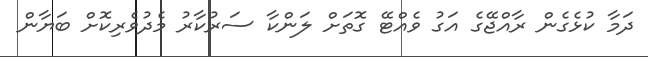
ދަމާ ކުޅެގެން ރާއްޖޭގެ އަގު ވެއްޓޭ ގޮތަށް ލަންކާ ސަރުކާރު މެދުވެރިކޮށް ބަޔާން